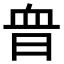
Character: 𧖮